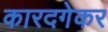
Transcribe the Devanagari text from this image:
कारदगेकर